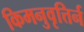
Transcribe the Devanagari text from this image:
किमनुवृत्तिर्न